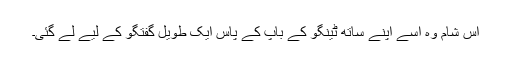
اس شام وہ اسے اپنے ساتھ ٹینگو کے باپ کے پاس ایک طویل گفتگو کے لیے لے گئی۔